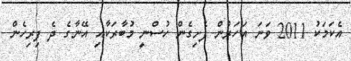
އެކަމަކު 2011 ވަނަ އަހަރުން ފެށިގެން ހުސްނީ މުބާރަކާއި އޭނާގެ ދެ ފިރިހެން